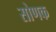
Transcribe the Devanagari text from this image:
सोणक